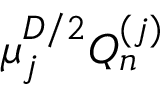
\mu _ { j } ^ { D / 2 } Q _ { n } ^ { ( j ) }